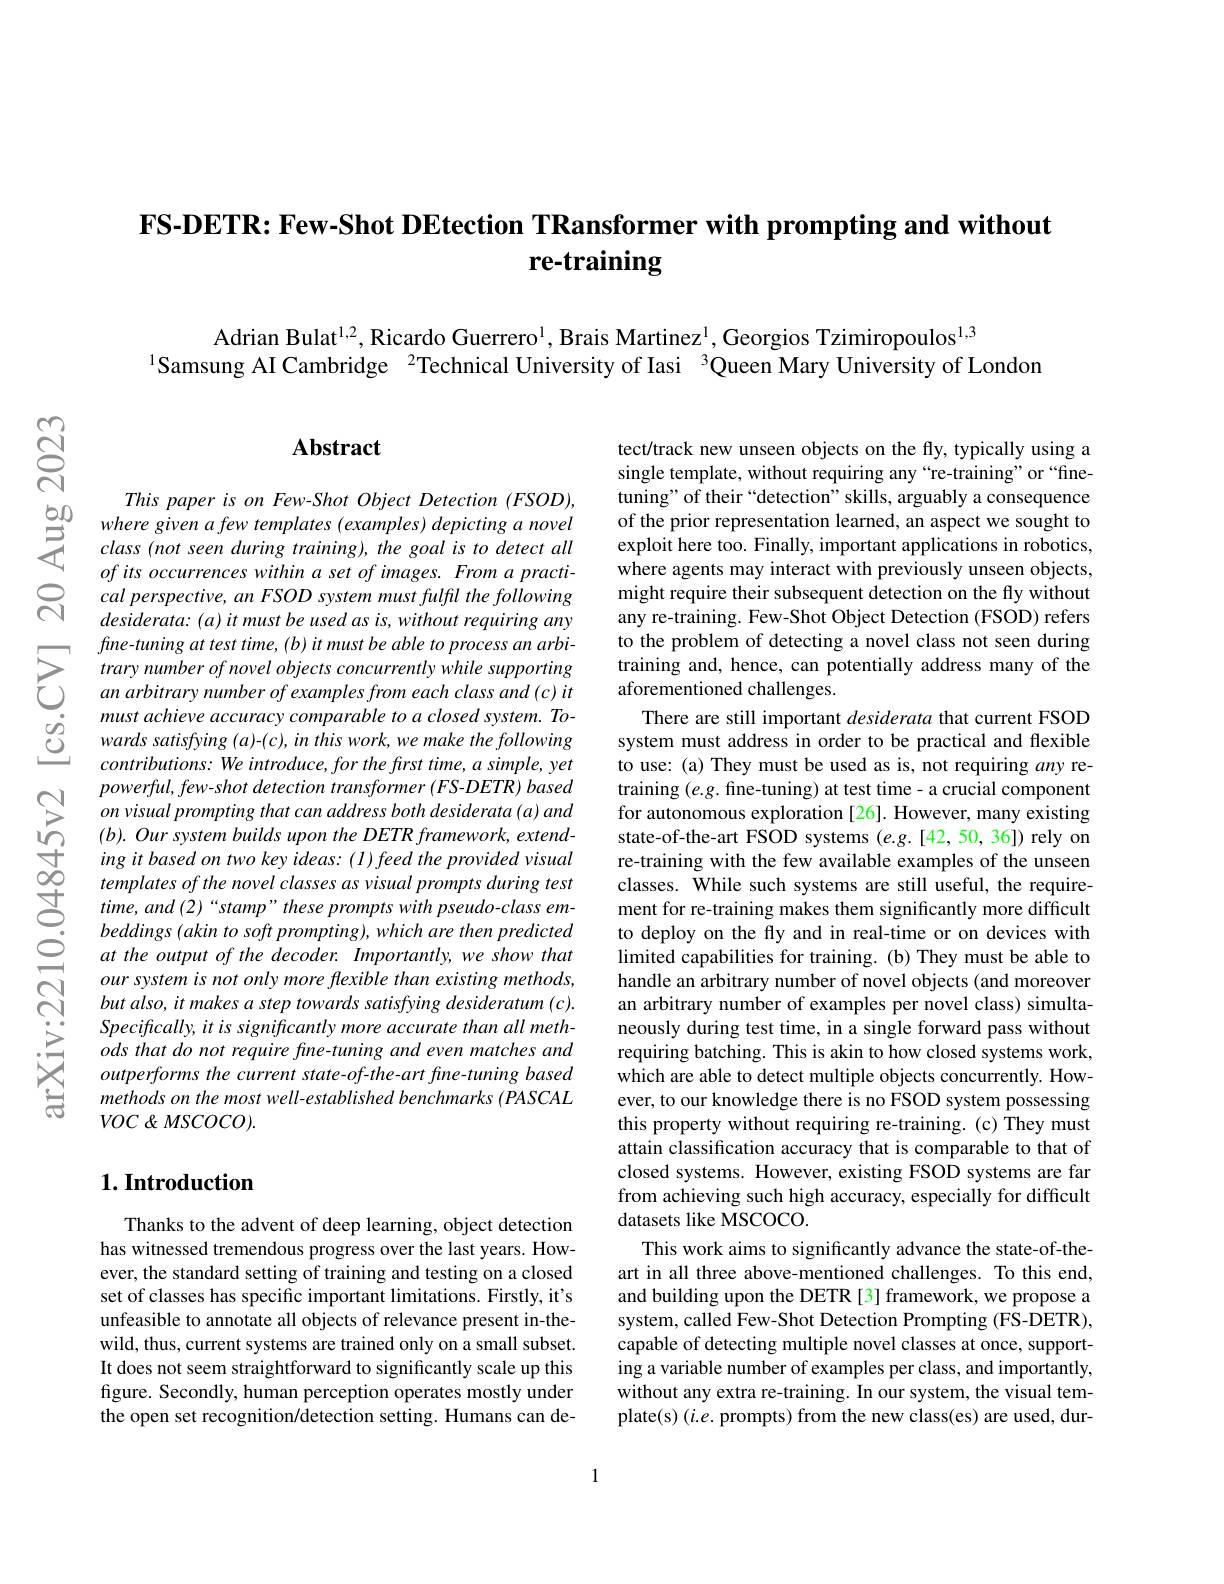
$ଟ୍ରି$

# FS-DETR: Few-Shot DEtection TRansformer with prompting and without re-training

Adrian Bulat$^{1,2}$, Ricardo Guerrero$^{1}$, Brais Martinez$^{1}$, Georgios Tzimiropoulos$^{1,3}$
$^{1}$Samsung AI Cambridge $^{2}$Technical University of Iasi $^{3}$Queen Mary University of London

## $\mathbf{Abstract}$

This paper is on Few-Shot Object Detection (FSOD),
$\begin{array}{lll}{50}&{where\:given\:a\:few\:templates\:(examples)\:depicting\:a\:novel}\\{5}&{class\:(not\:seen\:during\:training),\:the\:goal\:is\:to\:detect\:all}\\{5}&{class\:(not\:seen\:during\:training\:),\:the\:goal\:is\:to\:detect\:all}\\{5}&{cfits\:acurran\:a\:sat\:fin\:an\:a\:a\:a\:a\:a\:a\:ra\:a\:t}\end{array}$
of its occurrences within a set of images. From a practical perspective, an FSOD system must fulfil the following desiderata: (a) it must be used as is, without requiring any fine-tuning at test time, (b) it must be able to process an arbitrary number of novel objects concurrently while supporting an arbitrary number of examples from each class and (c) it must achieve accuracy comparable to a closed system. Towards satisfying (a)-(c), in this work, we make the following $contributions:We$ introduce, for the frst time, a simple, yet $powerful,few-shot$ detection transformer (FS-DETR) based on visual prompting that can address both desiderata (a) and $( b) . \textit{ Our system builds upon the DETR framework, extend- }$ ing it based on two key ideas: ( I ) feed the provided visual templates of the novel classes as visual prompts during test time, and (2)“stamp” these prompts with pseudo-class embeddings (akin to soft prompting), which are then predicted at the output of the decoder. Importantly, we show that our system is not only more flexible than existing methods, but also, it makes a step towards satisfying desideratum (c). Specifically, it is significantly more accurate than all methods that do not require fine-tuning and even matches and outperforms the current state-of-the-art fine-tuning based methods on the most well-established benchmarks (PASCAL $VOC\not<MSCOCO).$

tect/track new unseen objects on the fly, typically using a single template, without requiring any“re-training”or“finetuning" of their “detection”skills, arguably a consequence of the prior representation learned, an aspect we sought to exploit here too. Finally, important applications in robotics, where agents may interact with previously unseen objects, might require their subsequent detection on the fly without any re-training. Few-Shot Object Detection (FSOD) refers to the problem of detecting a novel class not seen during training and, hence, can potentially address many of the aforementioned challenges.
There are still important desiderata that current FSOD system must address in order to be practical and flexible to use: (a) They must be used as is, not requiring any retraining $(e.g.$ fine-tuning) at test time- a crucial component for autonomous exploration [26]. However, many existing state-of-the-art FSOD systems (e.g.[42,50,36]) rely on re-training with the few available examples of the unseen classes. While such systems are still useful, the requirement for re-training makes them significantly more difficult to deploy on the fly and in real-time or on devices with limited capabilities for training. (b) They must be able to handle an arbitrary number of novel objects (and moreover an arbitrary number of examples per novel class) simultaneously during test time, in a single forward pass without requiring batching. This is akin to how closed systems work, which are able to detect multiple objects concurrently. However, to our knowledge there is no FSOD system possessing this property without requiring re-training.(c) They must attain classification accuracy that is comparable to that of closed systems. However, existing FSOD systems are far from achieving such high accuracy, especially for difficult datasets like MSCOCO.
This work aims to significantly advance the state-of-theart in all three above-mentioned challenges. To this end, and building upon the DETR [3] framework, we propose a system, called Few-Shot Detection Prompting (FS-DETR), capable of detecting multiple novel classes at once, supporting a variable number of examples per class, and importantly, without any extra re-training. In our system, the visual template(s) (i.e. prompts) from the new class(es) are used, dur-

## $1. \textbf{Introduction}$

Thanks to the advent of deep learning, object detection has witnessed tremendous progress over the last years. However, the standard setting of training and testing on a closed set of classes has specific important limitations. Firstly, it's unfeasible to annotate all objects of relevance present in-thewild, thus, current systems are trained only on a small subset. It does not seem straightforward to significantly scale up this figure. Secondly, human perception operates mostly under the open set recognition/detection setting. Humans can de-

1